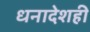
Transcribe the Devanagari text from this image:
धनादेशही